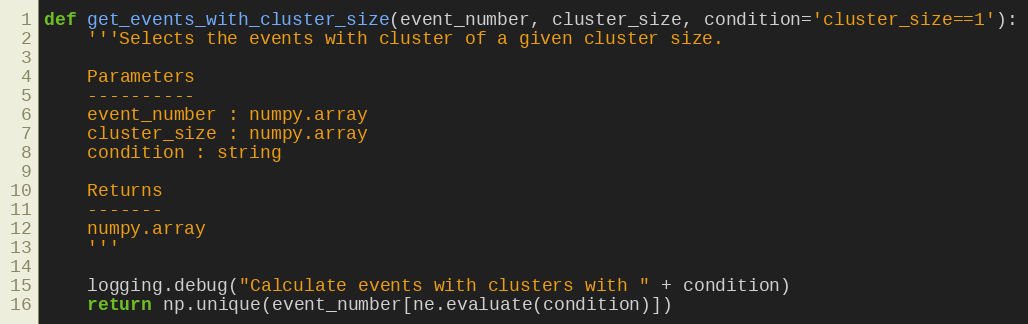
Language: Python
def get_events_with_cluster_size(event_number, cluster_size, condition='cluster_size==1'):
    '''Selects the events with cluster of a given cluster size.

    Parameters
    ----------
    event_number : numpy.array
    cluster_size : numpy.array
    condition : string

    Returns
    -------
    numpy.array
    '''

    logging.debug("Calculate events with clusters with " + condition)
    return np.unique(event_number[ne.evaluate(condition)])